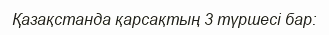
Қазақстанда қарсақтың 3 түршесі бар: